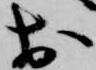
於